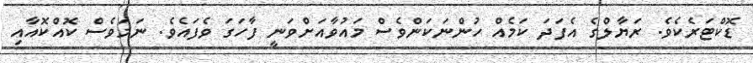
ޑޮކްޓަރެކެވެ. ރަޔާލްގެ އެފަދަ ކަމެއް ހުންނަކަންވެސް މައުވާއަށްވަނީ ފާހަގަ ވެފައެވެ. ނަމަވެސް ކޮއްކޮއާއި